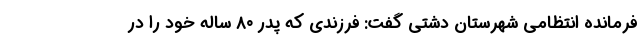
فرمانده انتظامی شهرستان دشتی گفت: فرزندی که پدر ۸۰ ساله خود را در